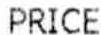
PRICE